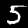
Label: 5